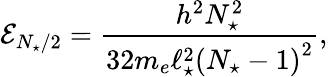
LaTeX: \mathcal{E}_{N_{\star}/2}=\frac{h^{2}N_{\star}^{2}}{32m_{e}\ell_{\star}^{2}\left(N_{\star}-1\right)^{2}},